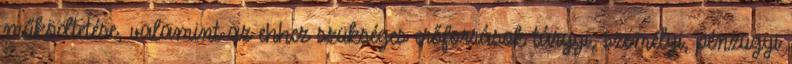
működtetése, valamint az ehhez szükséges erőforrások tárgyi, személyi, pénzügyi